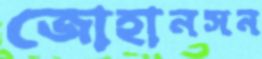
জোহানসন